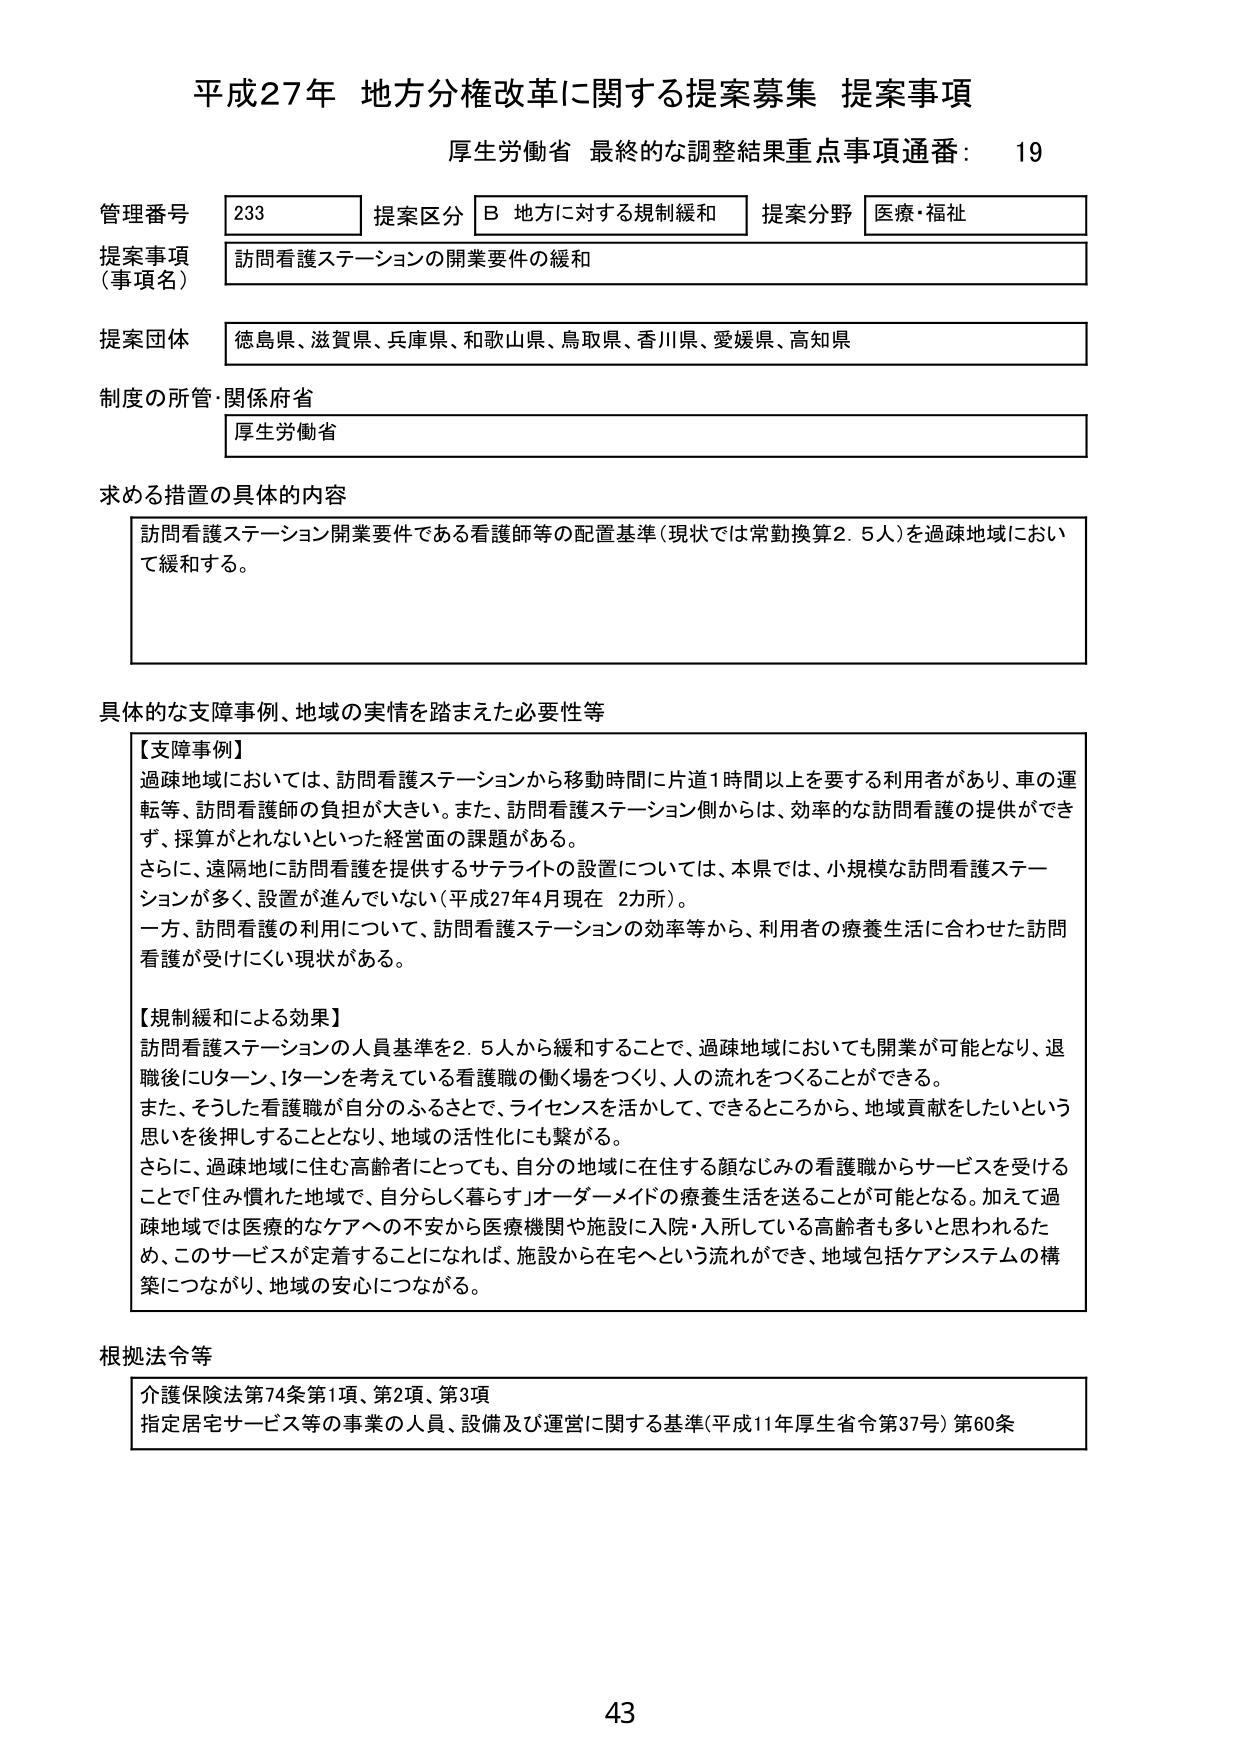
平成27年 地方分権改革に関する提案募集 提案事項
厚生労働省 最終的な調整結果重点事項通番： 19

管理番号 233 提案区分 B 地方に対する規制緩和 提案分野 医療・福祉
提案事項（事項名） 訪問看護ステーションの開業要件の緩和
提案団体 徳島県、滋賀県、兵庫県、和歌山県、鳥取県、香川県、愛媛県、高知県
制度の所管・関係府省 厚生労働省

求める措置の具体的内容
訪問看護ステーション開業要件である看護師等の配置基準（現状では常勤換算2.5人）を過疎地域において緩和する。

具体的な支障事例、地域の実情を踏まえた必要性等
【支障事例】
過疎地域においては、訪問看護ステーションから移動時間に片道1時間以上を要する利用者があり、車の運転等、訪問看護師の負担が大きい。また、訪問看護ステーション側からは、効率的な訪問看護の提供ができず、採算がとれないといった経営面の課題がある。
さらに、遠隔地に訪問看護を提供するサテライトの設置については、本県では、小規模な訪問看護ステーションが多く、設置が進んでいない（平成27年4月現在 2カ所）。
一方、訪問看護の利用について、訪問看護ステーションの効率等から、利用者の療養生活に合わせた訪問看護が受けにくい現状がある。

【規制緩和による効果】
訪問看護ステーションの人員基準を2.5人から緩和することで、過疎地域においても開業が可能となり、退職後にUターン、Iターンを考えている看護職の働く場をつくり、人の流れをつくることができる。
また、そうした看護職が自分のふるさとで、ライセンスを活かして、できるところから、地域貢献をしたいという思いを後押しすることとなり、地域の活性化にも繋がる。
さらに、過疎地域に住む高齢者にとっても、自分の地域に在住する顔なじみの看護職からサービスを受けることで「住み慣れた地域で、自分らしく暮らす」オーダーメイドの療養生活を送ることが可能となる。加えて過疎地域では医療的なケアへの不安から医療機関や施設に入院・入所している高齢者も多いと思われたため、このサービスが定着することになれば、施設から在宅へという流れができ、地域包括ケアシステムの構築につながり、地域の安心につながる。

根拠法令等
介護保険法第74条第1項、第2項、第3項
指定居宅サービス等の事業の人員、設備及び運営に関する基準（平成11年厚生省令第37号）第60条

43